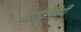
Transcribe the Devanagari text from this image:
आईडेंटीटी